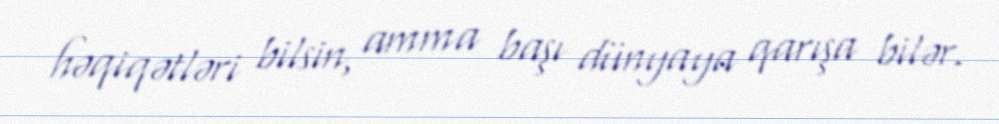
həqiqətləri bilsin, amma başı dünyaya qarışa bilər.